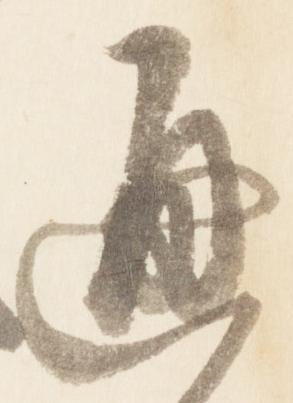
通